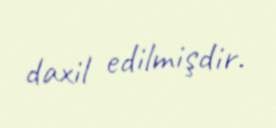
daxil edilmişdir.